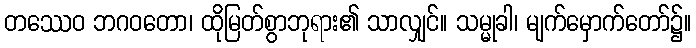
တဿေဝ ဘဂဝတော၊ ထိုမြတ်စွာဘုရား၏ သာလျှင်။ သမ္မုခါ၊ မျက်မှောက်တော်၌။